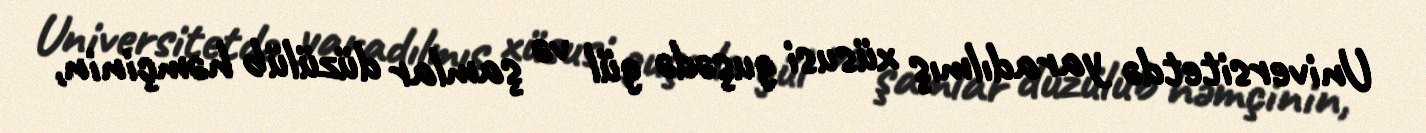
Universitetdə yaradılmış xüsusi guşədə gül və şamlar düzülüb həmçinin,